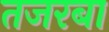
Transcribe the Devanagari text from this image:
तजरबा